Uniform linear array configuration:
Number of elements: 12
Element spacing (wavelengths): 1
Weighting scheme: binomial
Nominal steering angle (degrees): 15
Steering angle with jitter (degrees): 13.882
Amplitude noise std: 0.05
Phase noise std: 0.05

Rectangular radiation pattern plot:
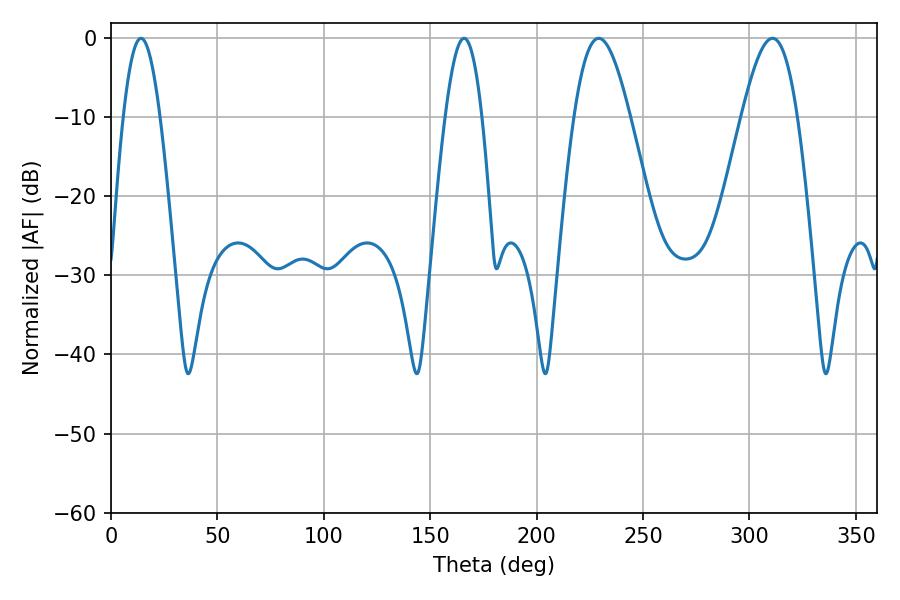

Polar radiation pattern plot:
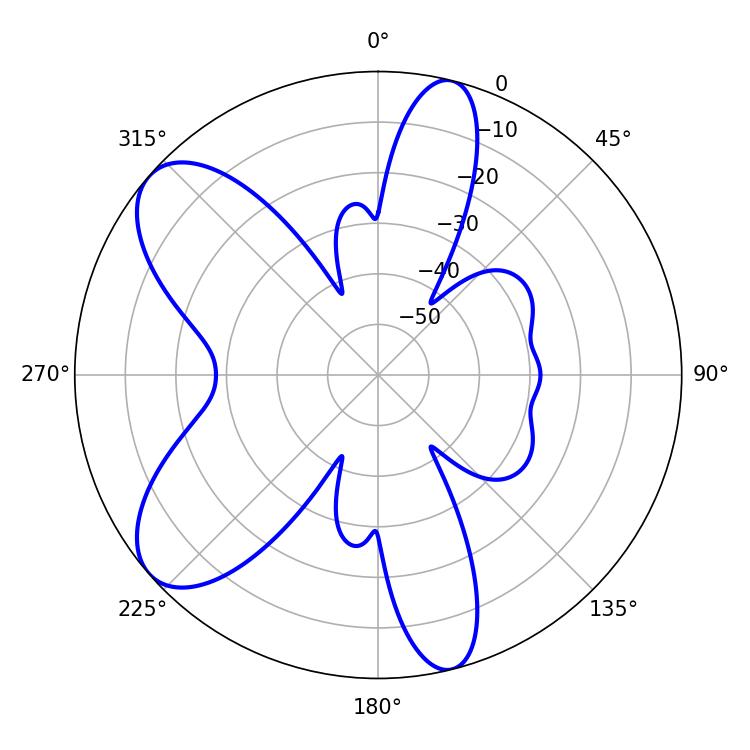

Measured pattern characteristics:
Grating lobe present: TRUE
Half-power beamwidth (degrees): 14.04
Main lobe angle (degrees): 229.14